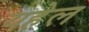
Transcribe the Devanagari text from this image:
यहेल